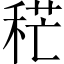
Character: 䅒